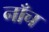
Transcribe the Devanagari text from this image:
नाँच